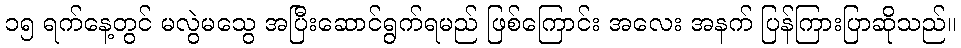
၁၅ ရက်နေ့တွင် မလွဲမသွေ အပြီးဆောင်ရွက်ရမည် ဖြစ်ကြောင်း အလေး အနက် ပြန်ကြားပြာဆိုသည်။